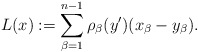
\begin{align*}L (x) := \sum_{\beta = 1}^{n-1}\rho_\beta (y') (x_\beta - y_\beta).\end{align*}